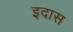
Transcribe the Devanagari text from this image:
इदास